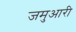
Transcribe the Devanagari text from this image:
जमुआरी